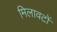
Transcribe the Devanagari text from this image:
मिलावटों